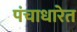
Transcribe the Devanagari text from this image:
पंचाधारेत